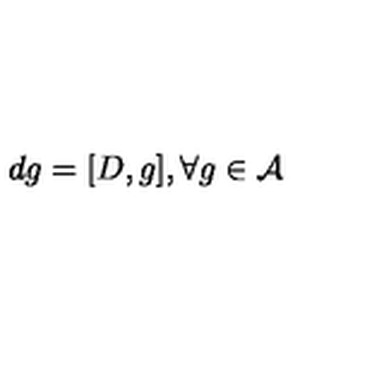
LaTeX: d g = [ D , g ] , \forall g \in { \cal A }